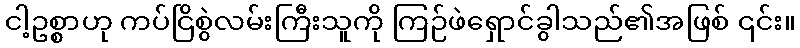
ငါ့ဥစ္စာဟု ကပ်ငြိစွဲလမ်းကြီးသူကို ကြဉ်ဖဲရှောင်ခွါသည်၏အဖြစ် ၎င်း။